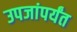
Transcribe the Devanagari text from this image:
उपजांपर्यंत